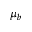
\mu _ { b }